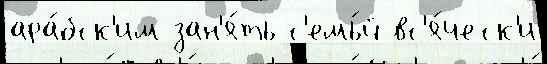
ара́бск'им зан'я́ть с'емь́й вс'я́ческ'и